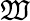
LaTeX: \mathfrak{W}